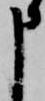
申